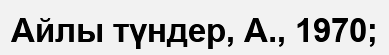
Айлы түндер, А., 1970;